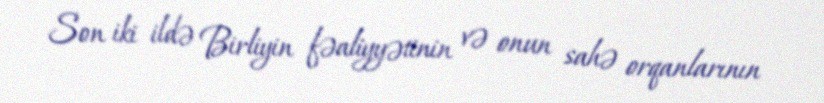
Son iki ildə Birliyin fəaliyyətinin və onun sahə orqanlarının